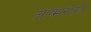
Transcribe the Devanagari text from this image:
तापमानातही